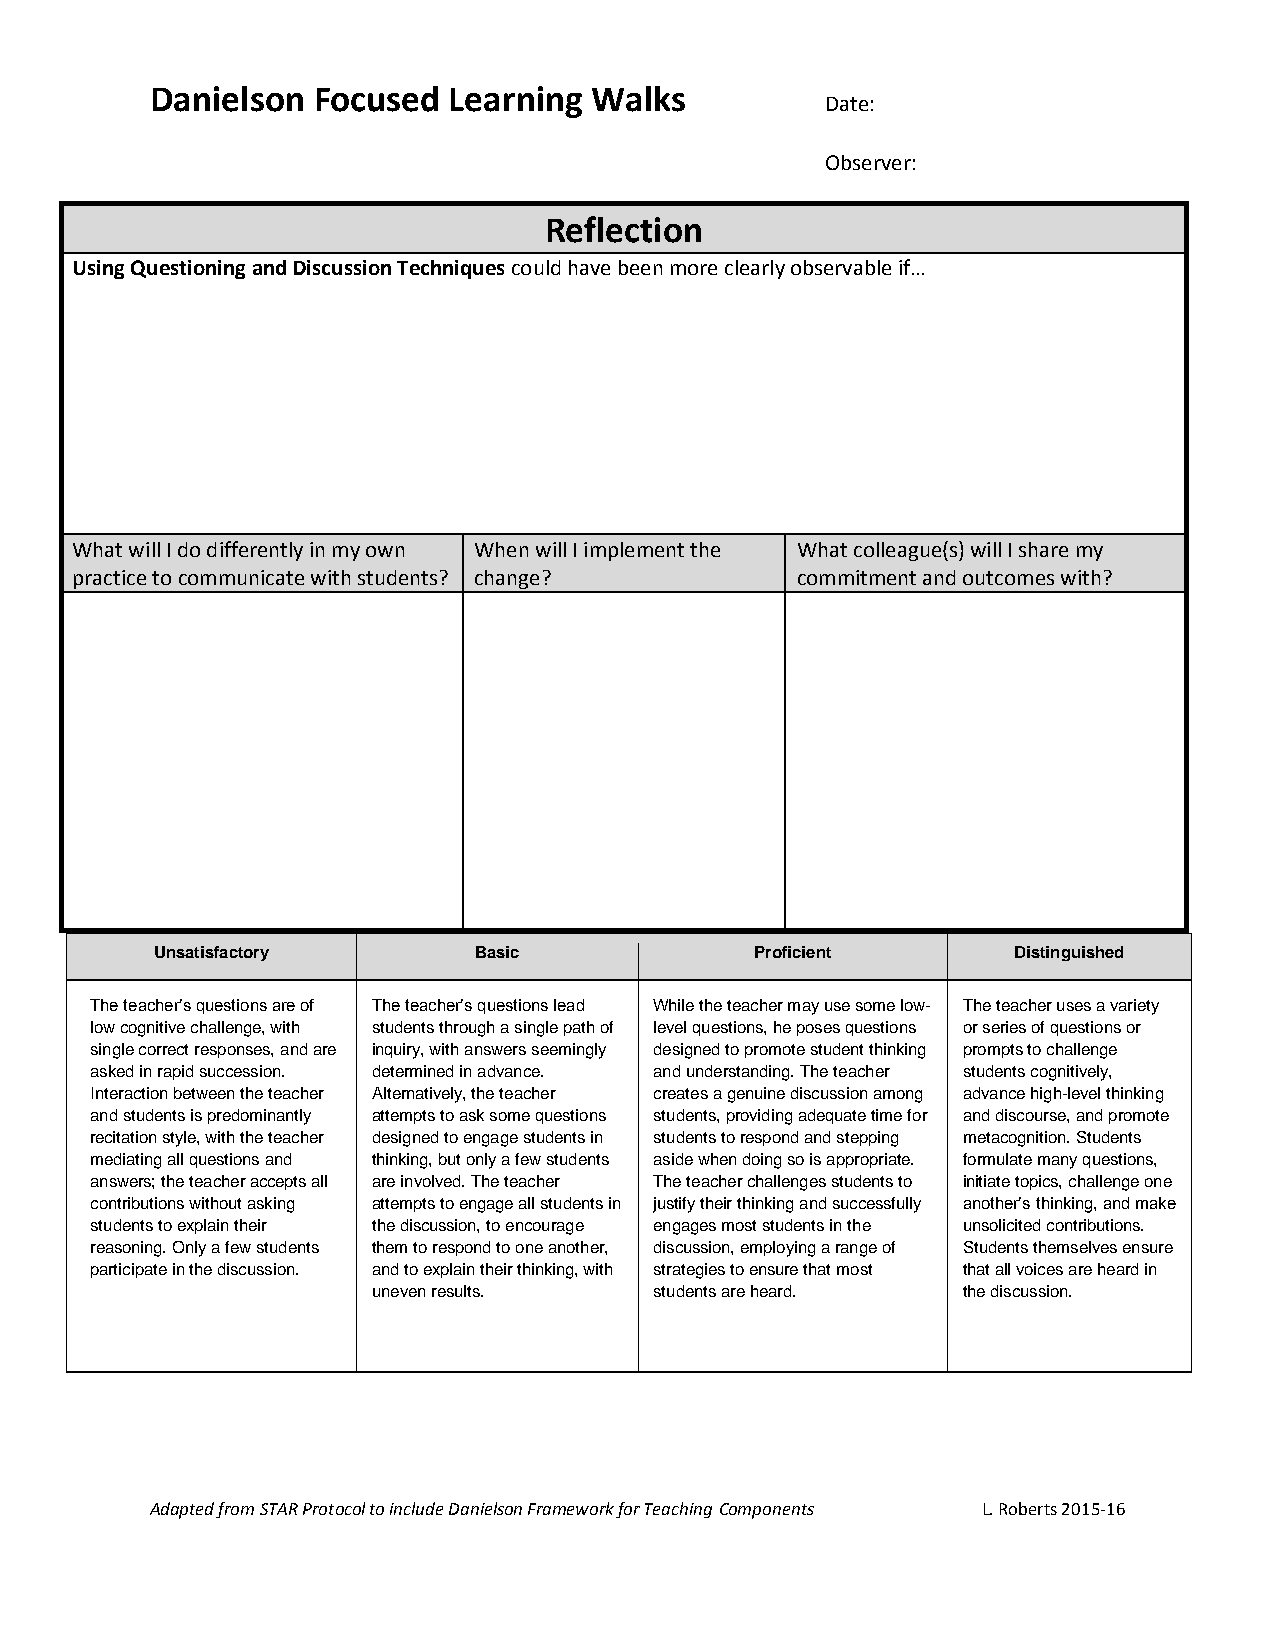
Danielson  Focused  Learning Walks
 Date:
 Observer:
 Reflection
 Using Questioning and Discussion Techniques could have been more clearly observable if…
 What will I do differently in my own When will I implement the What colleague(s) will I share my
 practice to communicate with students? change?  commitment and outcomes with?
 Unsatisfactory       Basic              Proficient       Distinguished
 The teacher’s questions are of The teacher’s questions lead While the teacher may use some low- The teacher uses a variety
 low cognitive challenge, with students through a single path of level questions, he poses questions or series of questions or
 single correct responses, and are inquiry, with answers seemingly designed to promote student thinking prompts to challenge
 asked in rapid succession. determined in advance. and understanding. The teacher students cognitively,
 Interaction between the teacher Alternatively, the teacher creates a genuine discussion among advance high-level thinking
 and students is predominantly attempts to ask some questions students, providing adequate time for and discourse, and promote
 recitation style, with the teacher designed to engage students in students to respond and stepping metacognition. Students
 mediating all questions and thinking, but only a few students aside when doing so is appropriate. formulate many questions,
 answers; the teacher accepts all are involved. The teacher The teacher challenges students to initiate topics, challenge one
 contributions without asking attempts to engage all students in justify their thinking and successfully another’s thinking, and make
 students to explain their the discussion, to encourage engages most students in the unsolicited contributions.
 reasoning. Only a few students them to respond to one another, discussion, employing a range of Students themselves ensure
 participate in the discussion. and to explain their thinking, with strategies to ensure that most that all voices are heard in
 uneven results.   students are heard.  the discussion.
 Adapted from STAR Protocol to include Danielson Framework for Teaching Components L. Roberts 2015-16